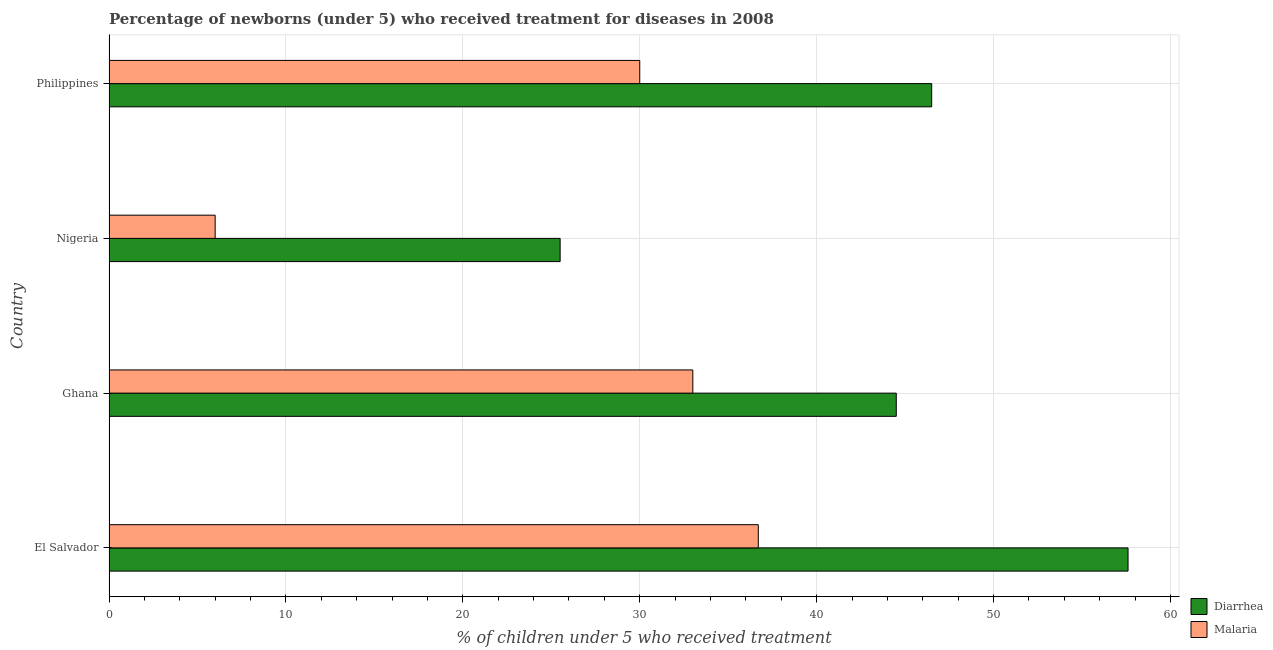
| Country | Diarrhea | Malaria |
 | --- | --- | --- |
 | El Salvador | 57.6 | 36.7 |
 | Ghana | 44.5 | 33 |
 | Nigeria | 25.5 | 6 |
 | Philippines | 46.5 | 30 |